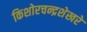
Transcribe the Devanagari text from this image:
किशोरचन्द्रशेखरे